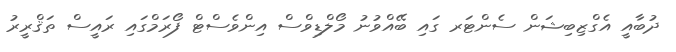
ދުބާއީ އެގްޒިބިޝަން ސެންޓަރ ގައި ބޭއްވުނު މޯލްޑިވްސް އިންވެސްޓް ފޯރަމްގައި ރައީސް ތަޤްރީރު